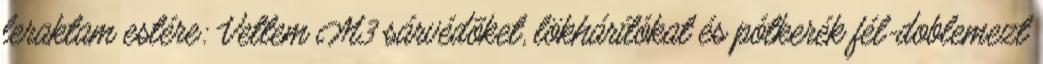
leraktam estére: Vettem M3 sárvédõket, lökhárítókat és pótkerék fél-doblemezt